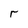
Character: r